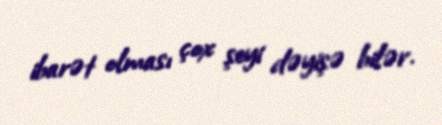
ibarət olması çox şeyi dəyişə bilər.